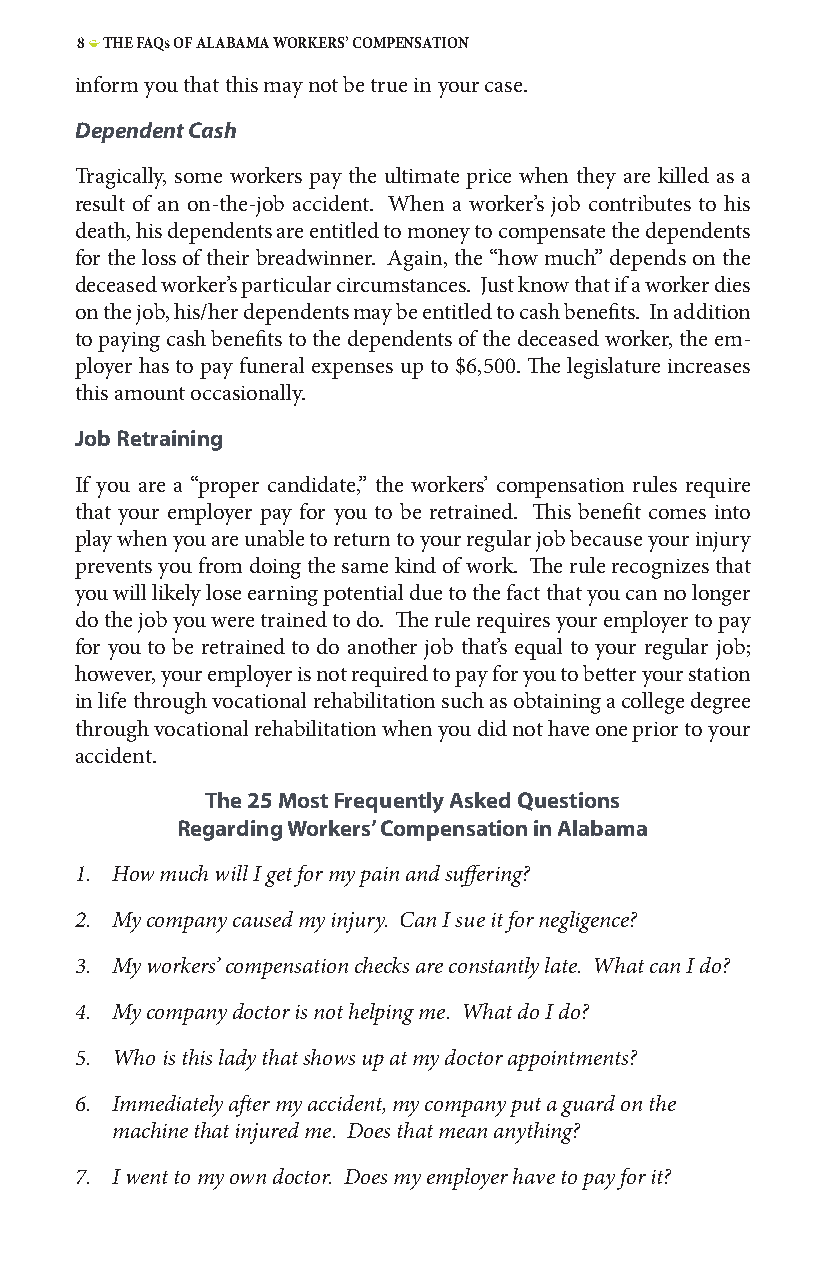
8 • THE FAQs OF ALABAMA WORKERS’ COMPENSATION
 inform you that this may not be true in your case.
 Dependent Cash
 Tragically, some workers pay the ultimate price when they are killed as a
 result of an on-the-job accident. When a worker’s job contributes to his
 death, his dependents are entitled to money to compensate the dependents
 for the loss of their breadwinner. Again, the “how much” depends on the
 deceased worker’s particular circumstances. Just know that if a worker dies
 on the job, his/her dependents may be entitled to cash benefits. In addition
 to paying cash benefits to the dependents of the deceased worker, the em-
 ployer has to pay funeral expenses up to $6,500. The legislature increases
 this amount occasionally.
 Job Retraining
 If you are a “proper candidate,” the workers’ compensation rules require
 that your employer pay for you to be retrained. This benefit comes into
 play when you are unable to return to your regular job because your injury
 prevents you from doing the same kind of work. The rule recognizes that
 you will likely lose earning potential due to the fact that you can no longer
 do the job you were trained to do. The rule requires your employer to pay
 for you to be retrained to do another job that’s equal to your regular job;
 however, your employer is not required to pay for you to better your station
 in life through vocational rehabilitation such as obtaining a college degree
 through vocational rehabilitation when you did not have one prior to your
 accident.
 The 25 Most Frequently Asked Questions
 Regarding Workers’ Compensation in Alabama
 1. How much will I get for my pain and suffering?
 2. My company caused my injury. Can I sue it for negligence?
 3. My workers’ compensation checks are constantly late. What can I do?
 4. My company doctor is not helping me. What do I do?
 5. Who is this lady that shows up at my doctor appointments?
 6. Immediately after my accident, my company put a guard on the
 machine that injured me. Does that mean anything?
 7. I went to my own doctor. Does my employer have to pay for it?